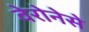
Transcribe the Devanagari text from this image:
वेरोनेसे